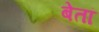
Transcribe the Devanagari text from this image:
बेतां